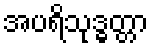
အပရိသုဒ္ဓတ္တာ